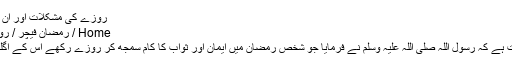
روزے کی مشکلات اور ان کا علاج - IISRA Magazine
Home / رمضان فیچر / روزے کی مشکلات اور ان کا علاج
ابوہریرہ رضی اللہ عنہ سے روایت ہے کہ رسول اللہ صلی اللہ علیہ وسلم نے فرمایا جو شخص رمضان میں ایمان اور ثواب کا کام سمجھ کر روزے رکھے اس کے اگلے گناہ معاف کردئیے جائیں گے۔